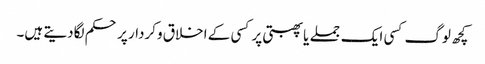
کچھ لوگ کسی ایک جملے یا پھبتی پر کسی کے اخلاق وکردار پر حکم لگادیتے ہیں۔